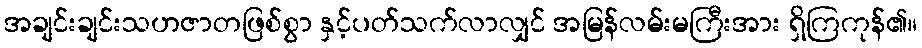
အချင်းချင်းသဟဇာတဖြစ်စွာ နှင့်ပတ်သက်လာလျှင် အမြန်လမ်းမကြီးအား ရှိကြကုန်၏။